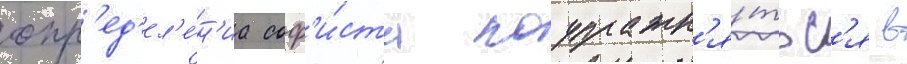
опр'ед'ел'е́н'иа соф'и́ста поупражн'я́тьс'я в